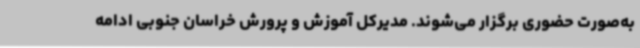
به‌صورت حضوری برگزار می‌شوند. مدیرکل آموزش و پرورش خراسان جنوبی ادامه